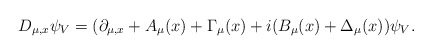
\begin{align*} D_{\mu,x}\psi_{V}=(\partial_{\mu,x}+A_{\mu}(x)+\Gamma_{\mu}(x)+i(B_{\mu}(x)+ \Delta_{\mu}(x)) \psi_{V}.\end{align*}